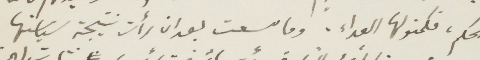
الحكم فكمنو لها العداء. وما سعت بعد ان رأت نتيجة سياستها